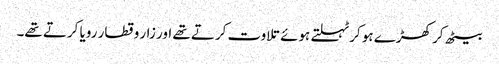
بیٹھ کر کھڑے ہو کر ٹہلتے ہوئے تلاوت کرتے تھے اور زار و قطار رویا کرتے تھے۔